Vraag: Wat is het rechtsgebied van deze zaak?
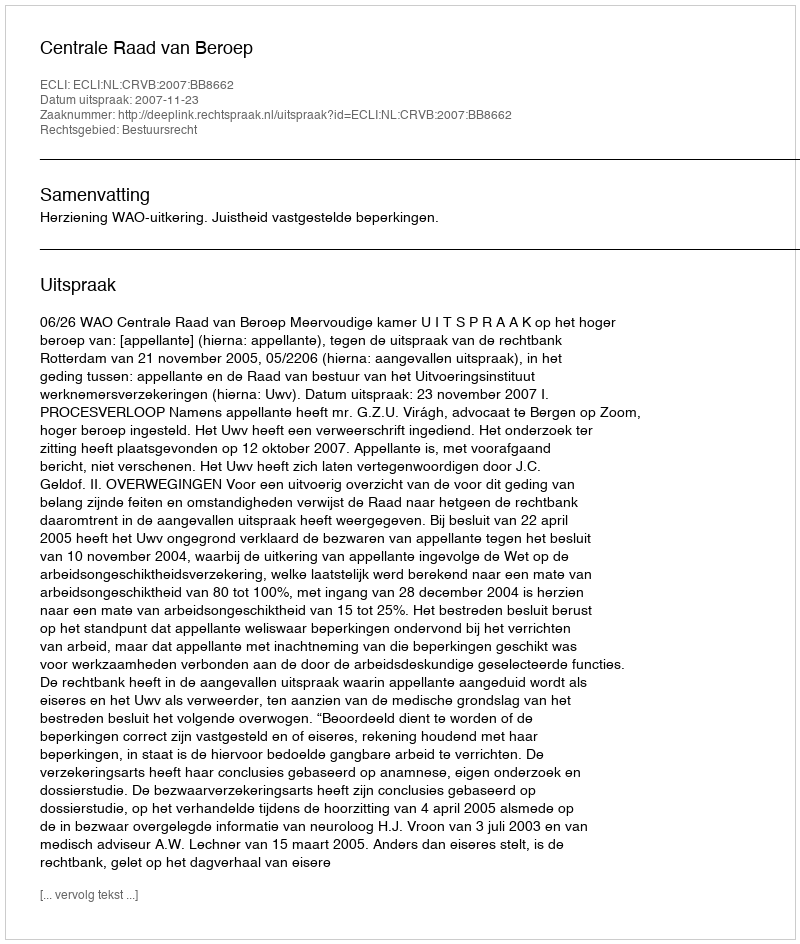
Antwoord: Bestuursrecht